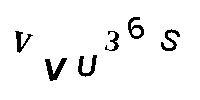
VVU36S